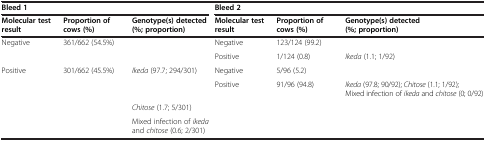
| <COLSPAN=3> Bleed 1 | <COLSPAN=3> Bleed 2 |
 | Molecular test result | Proportion of cows (%) | Genotype(s) detected (%; proportion) | Molecular test result | Proportion of cows (%) | Genotype(s) detected (%; proportion) |
 | --- | --- | --- | --- | --- | --- |
 | <ROWSPAN=2> Negative | <ROWSPAN=2> 361/662 (54.5%) | <ROWSPAN=2>  | Negative | 123/124 (99.2) |  |
 | Positive | 1/124 (0.8) | Ikeda (1.1; 1/92) |
 | <ROWSPAN=4> Positive | <ROWSPAN=4> 301/662 (45.5%) | <ROWSPAN=2> Ikeda (97.7; 294/301) | Negative | 5/96 (5.2) |  |
 | Positive | 91/96 (94.8) | Ikeda (97.8; 90/92); Chitose (1.1; 1/92); Mixed infection of ikeda and chitose (0; 0/92) |
 | Chitose (1.7; 5/301) |  |  |  |
 | Mixed infection of ikeda and chitose (0.6; 2/301) |  |  |  |